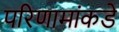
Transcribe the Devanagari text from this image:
परिणामांकडे